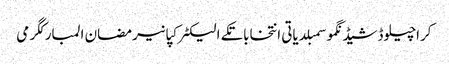
کراچیلوڈشیڈنگموسمبلدیاتی انتخاباتکے الیکٹرکپانیرمضان المبارکگرمی